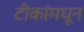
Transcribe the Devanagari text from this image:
टीकांमधून